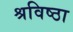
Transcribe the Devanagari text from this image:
श्रविष्ठा